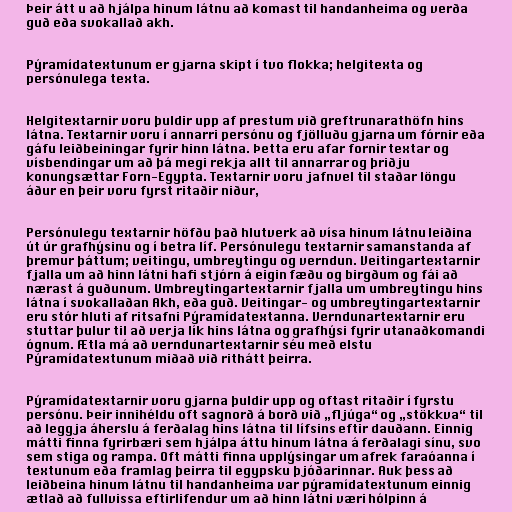
Þeir átt u að hjálpa hinum látnu að komast til handanheima og verða
guð eða svokallað akh.

Pýramídatextunum er gjarna skipt í tvo flokka; helgitexta og
persónulega texta.

Helgitextarnir voru þuldir upp af prestum við greftrunarathöfn hins
látna. Textarnir voru í annarri persónu og fjölluðu gjarna um fórnir eða
gáfu leiðbeiningar fyrir hinn látna. Þetta eru afar fornir textar og
vísbendingar um að þá megi rekja allt til annarrar og þriðju
konungsættar Forn-Egypta. Textarnir voru jafnvel til staðar löngu
áður en þeir voru fyrst ritaðir niður,

Persónulegu textarnir höfðu það hlutverk að vísa hinum látnu leiðina
út úr grafhýsinu og í betra líf. Persónulegu textarnir samanstanda af
þremur þáttum; veitingu, umbreytingu og verndun. Veitingartextarnir
fjalla um að hinn látni hafi stjórn á eigin fæðu og birgðum og fái að
nærast á guðunum. Umbreytingartextarnir fjalla um umbreytingu hins
látna í svokallaðan Akh, eða guð. Veitingar- og umbreytingartextarnir
eru stór hluti af ritsafni Pýramídatextanna. Verndunartextarnir eru
stuttar þulur til að verja lík hins látna og grafhýsi fyrir utanaðkomandi
ógnum. Ætla má að verndunartextarnir séu með elstu
Pýramídatextunum miðað við rithátt þeirra.

Pýramídatextarnir voru gjarna þuldir upp og oftast ritaðir í fyrstu
persónu. Þeir innihéldu oft sagnorð á borð við „fljúga“ og „stökkva“ til
að leggja áherslu á ferðalag hins látna til lífsins eftir dauðann. Einnig
mátti finna fyrirbæri sem hjálpa áttu hinum látna á ferðalagi sínu, svo
sem stiga og rampa. Oft mátti finna upplýsingar um afrek faraóanna í
textunum eða framlag þeirra til egypsku þjóðarinnar. Auk þess að
leiðbeina hinum látnu til handanheima var pýramídatextunum einnig
ætlað að fullvissa eftirlifendur um að hinn látni væri hólpinn á